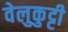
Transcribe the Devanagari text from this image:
वेलुकुट्टी